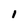
Character: 1